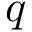
q